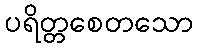
ပရိတ္တစေတသော